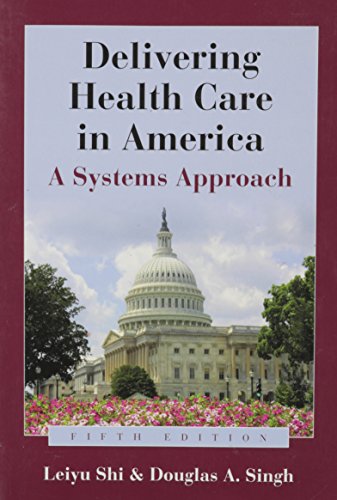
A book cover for Delivering Health Care in America: A Systems Approach; Leiyu Shi; Medical Books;